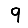
Digit: 9